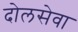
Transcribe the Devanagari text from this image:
दोलसेवा